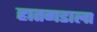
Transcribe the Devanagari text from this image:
हातगडाला